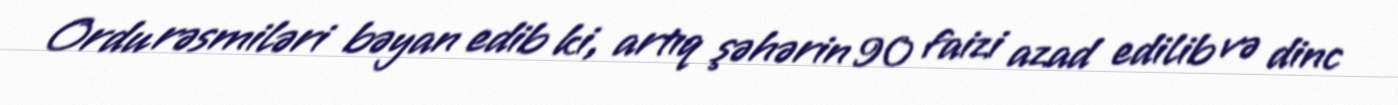
Ordu rəsmiləri bəyan edib ki, artıq şəhərin 90 faizi azad edilib və dinc